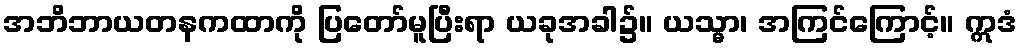
အဘိဘာယတနကထာကို ပြတော်မူပြီးရာ ယခုအခါ၌။ ယသ္မာ၊ အကြင်ကြောင့်။ ဣဒံ